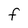
Character: F